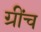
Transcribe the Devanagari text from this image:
ग्रींच